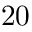
2 0